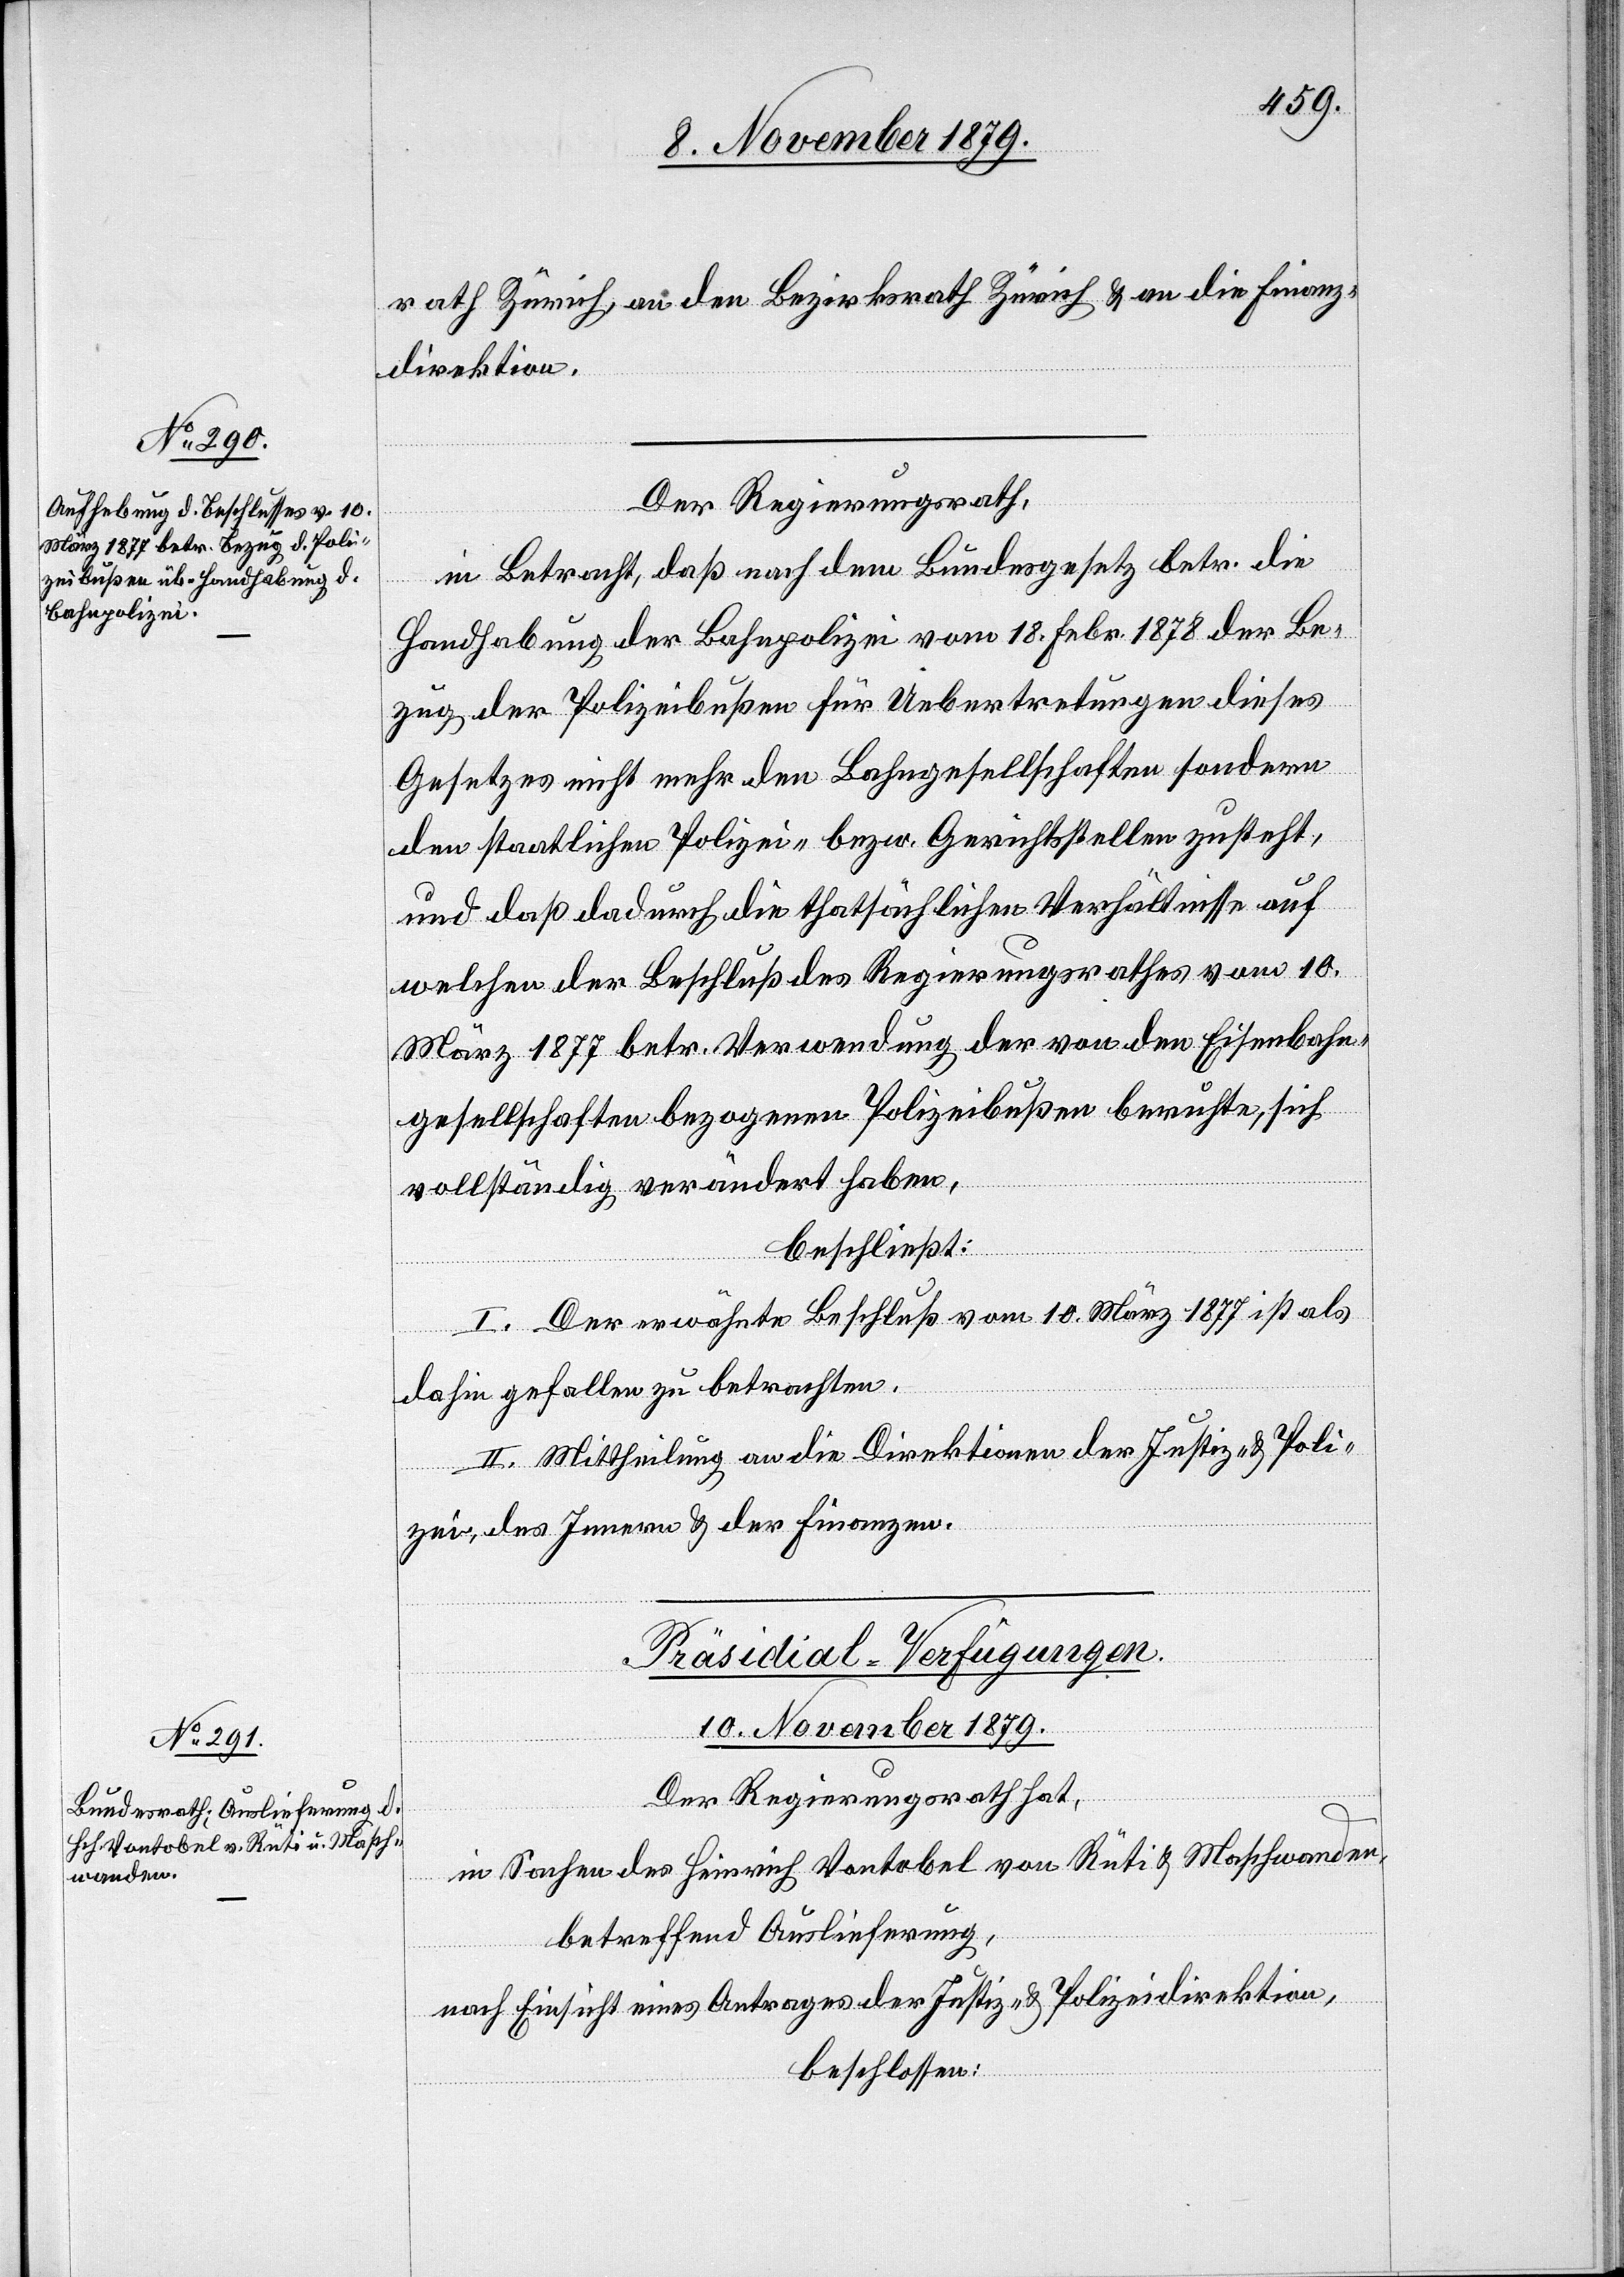
rath Zürich, an den Bezirksrath Zürich & an die Finanz¬
direktion.
Der Regierungsrath,
in Betracht, daß nach dem Bundesgesetz betr. die
Handhabung der Bahnpolizei vom 18. Febr. 1878 der Be¬
zug der Polizeibußen für Uebertretungen dieses
Gesetzes nicht mehr den Bahngesellschaften sondern
den staatlichen Polizei- bezw. Gerichtsstellen zusteht,
und daß dadurch die thatsächlichen Verhältnisse auf
welchen der Beschluß des Regierungsrathes vom 10.
März 1877 betr. Verwendung der von den Eisenbahn¬
gesellschaften bezogenen Polizeibußen beruhte, sich
vollständig verändert haben,
beschließt:
I. Der erwähnte Beschluß vom 10. März 1877 ist als
dahin gefallen zu betrachten.
II. Mittheilung an die Direktion der Justiz & Poli¬
zei, des Innern & der Finanzen.
Präsidial-Verfügungen
10. November 1879.
Der Regierungsrath hat,
in Sachen des Heinrich Vontobel von Rüti & Maschwanden,
betreffend Auslieferung,
nach Einsicht eines Antrages der Justiz- & Polizeidirektion,
beschlossen: